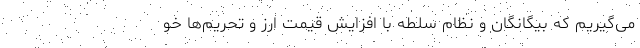
می‌گیریم که بیگانگان و نظام سلطه با افزایش قیمت ارز و تحریم‌ها خو